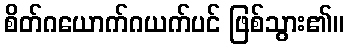
စိတ်ဂယောက်ဂယက်ပင် ဖြစ်သွား၏။